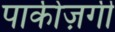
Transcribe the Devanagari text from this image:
पाकीज़गी